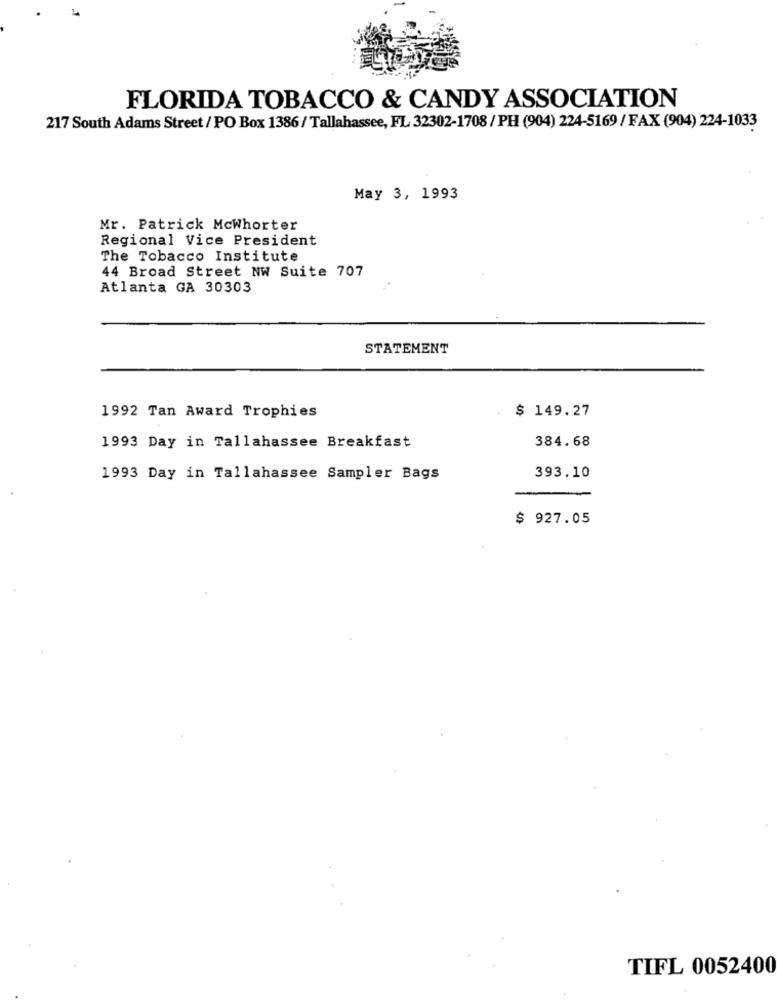
FLORIDA TOBACCO & CANDY ASSOCIATION
217 South Adams Street / PO Box 1386 / Tallahassee, FL 32302-1708 / PH (904) 224-5169 / FAX (904) 224-1033
May 3, 1993
Mr. Patrick Mcwhorter
Regional Vice President
The Tobacco Institute
44 Broad Street NW Suite 707
Atlanta GA 30303
STATEMENT
$ 149.27
1992 Tan Award Trophies
384.68
1993 Day in Tallahassee Breakfast
1993 Day in Tallahassee Sampler Bags
393.10
$ 927.05
TIFL 0052400